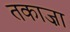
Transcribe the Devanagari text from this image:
तकाज़ा